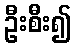
ဦးစီး၍